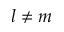
l \neq m